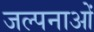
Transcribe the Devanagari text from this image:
जल्पनाओं